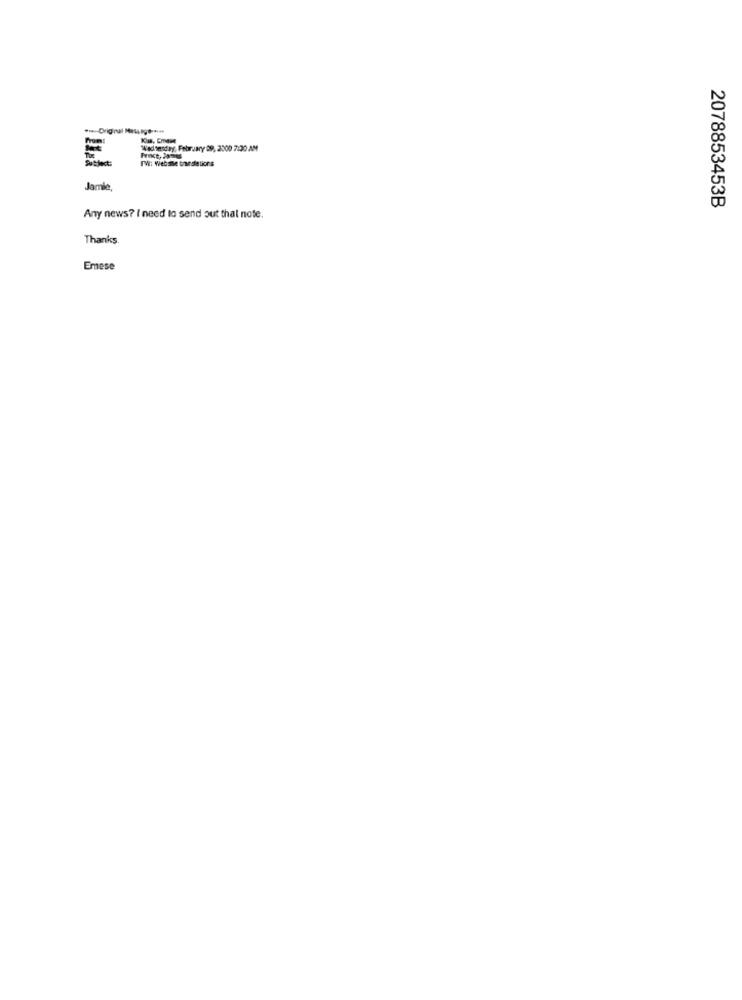
Wednesday, February 69, 2000 7:30 AM
TW: Website tunsie tiors
Ivoce, James
Jamie,
2078853453B
Any news? I need to send out that note.
Thanks
Emese